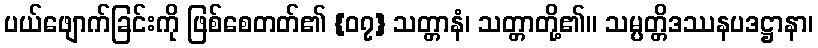
ပယ်ဖျောက်ခြင်းကို ဖြစ်စေတတ်၏ {၀၇} သတ္တာနံ၊ သတ္တာတို့၏။ သမ္ပတ္တိဒဿနပဒဋ္ဌာနာ၊